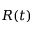
R ( t )